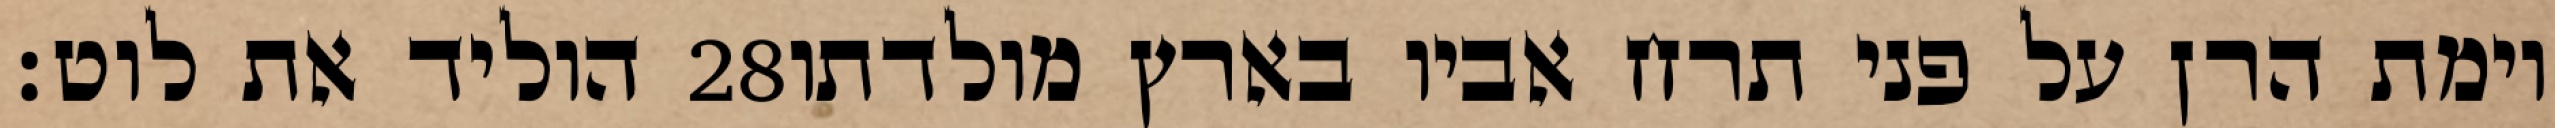
הוליד את לוט׃ ‎28‏ וימת הרן על פני תרח אביו בארץ מולדתו